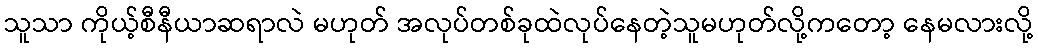
သူသာ ကိုယ့်စီနီယာဆရာလဲ မဟုတ် အလုပ်တစ်ခုထဲလုပ်နေတဲ့သူမဟုတ်လို့ကတော့ နေမလားလို့